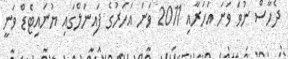
ދެހާސް ނުވަ ވަނަ އަހަރާއި 2011 ވަނަ އަހަރުގެ ފައިނަލްގައި ޔުނައިޓެޑް ވަނީ